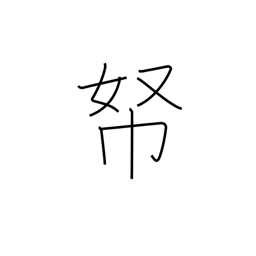
Meaning: money repository